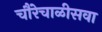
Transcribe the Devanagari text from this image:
चौरेचाळीसवा